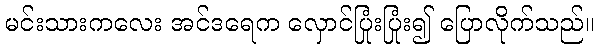
မင်းသားကလေး အင်ဒရေက လှောင်ပြုံးပြုံး၍ ပြောလိုက်သည်။